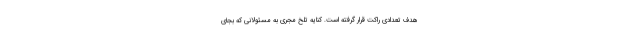
هدف تعدادی راکت قرار گرفته است. کنایه تلخ مجری به مسئولانی که بجای